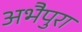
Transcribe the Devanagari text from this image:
अभैपुरा